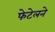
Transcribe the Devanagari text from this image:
फेटेलने